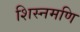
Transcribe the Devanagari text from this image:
शिस्नमणि